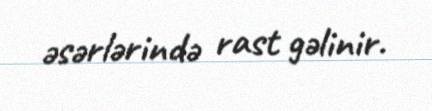
əsərlərində rast gəlinir.